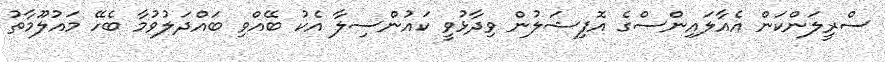
ސްރީލަންކަން އެއާލައިންސްގެ އޮފިޝަލުން ވިދާޅުވީ ކައުންސިލާ އެކު ބޭއްވި ބައްދަލުވުމާ ބެހޭ މައުލޫމާތު